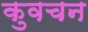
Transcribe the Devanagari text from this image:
कुवचन